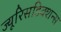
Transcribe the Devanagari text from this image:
ज्यूरिसडिक्शन्स